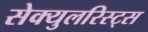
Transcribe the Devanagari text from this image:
सेक्युलरिस्ट्स